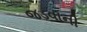
જડવાની